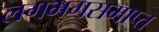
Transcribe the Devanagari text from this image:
लगभगसमाप्त